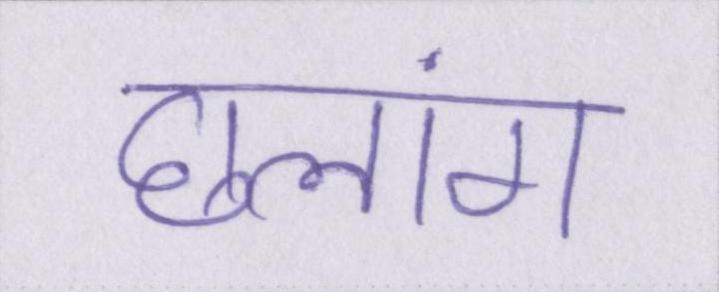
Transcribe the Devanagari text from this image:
छलांग